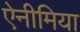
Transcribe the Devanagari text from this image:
ऐनीमिया